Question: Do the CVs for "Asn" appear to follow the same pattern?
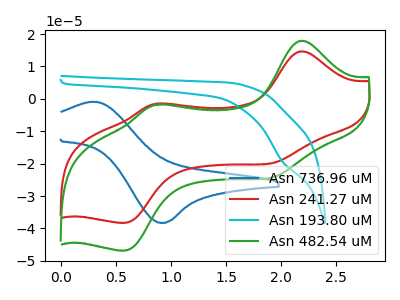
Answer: <think>The blue curve "Asn 736.96 uM" has an anodic peak at (0.30V, -0.90uA) and a cathodic peak at (0.90V, -38.30uA). The red curve "Asn 241.27 uM" has anodic peaks at (2.20V, 14.70uA) (0.90V, -1.45uA) and cathodic peaks at (1.95V, -19.50uA) (0.60V, -38.25uA). The cyan curve "Asn 193.80 uM" has a cathodic peak at: (2.00V, -19.55uA). The green curve "Asn 482.54 uM" has anodic peaks at (2.20V, 17.95uA) (0.90V, -1.75uA) and cathodic peaks at (1.95V, -23.85uA) (0.60V, -46.80uA).
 "Asn 736.96 uM" and "Asn 241.27 uM" have a different number of peaks. "Asn 736.96 uM" and "Asn 193.80 uM" have a different number of peaks. "Asn 736.96 uM" and "Asn 482.54 uM" have a different number of peaks. "Asn 241.27 uM" and "Asn 193.80 uM" have a different number of peaks. All the peaks in "Asn 241.27 uM" have a peak in "Asn 482.54 uM" at the same potential. "Asn 193.80 uM" and "Asn 482.54 uM" have a different number of peaks.</think>
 <answer>All the CV's of "Asn" have similar shape.</answer>
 <eval>follow_rule</eval>